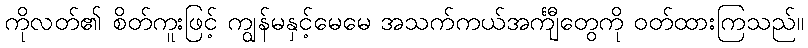
ကိုလတ်၏ စိတ်ကူးဖြင့် ကျွန်မနှင့်မေမေ အသက်ကယ်အင်္ကျီတွေကို ဝတ်ထားကြသည်။